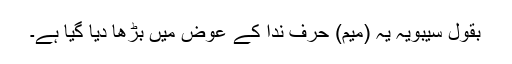
بقول سیبویہ یہ (میم) حرف ندا کے عوض میں بڑھا دیا گیا ہے۔